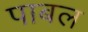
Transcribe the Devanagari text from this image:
पाबल